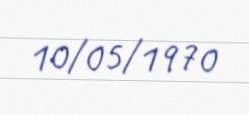
10/05/1970